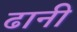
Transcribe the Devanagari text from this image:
ढानी